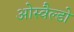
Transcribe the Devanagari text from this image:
ओस्वैल्डो